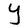
Character: Y